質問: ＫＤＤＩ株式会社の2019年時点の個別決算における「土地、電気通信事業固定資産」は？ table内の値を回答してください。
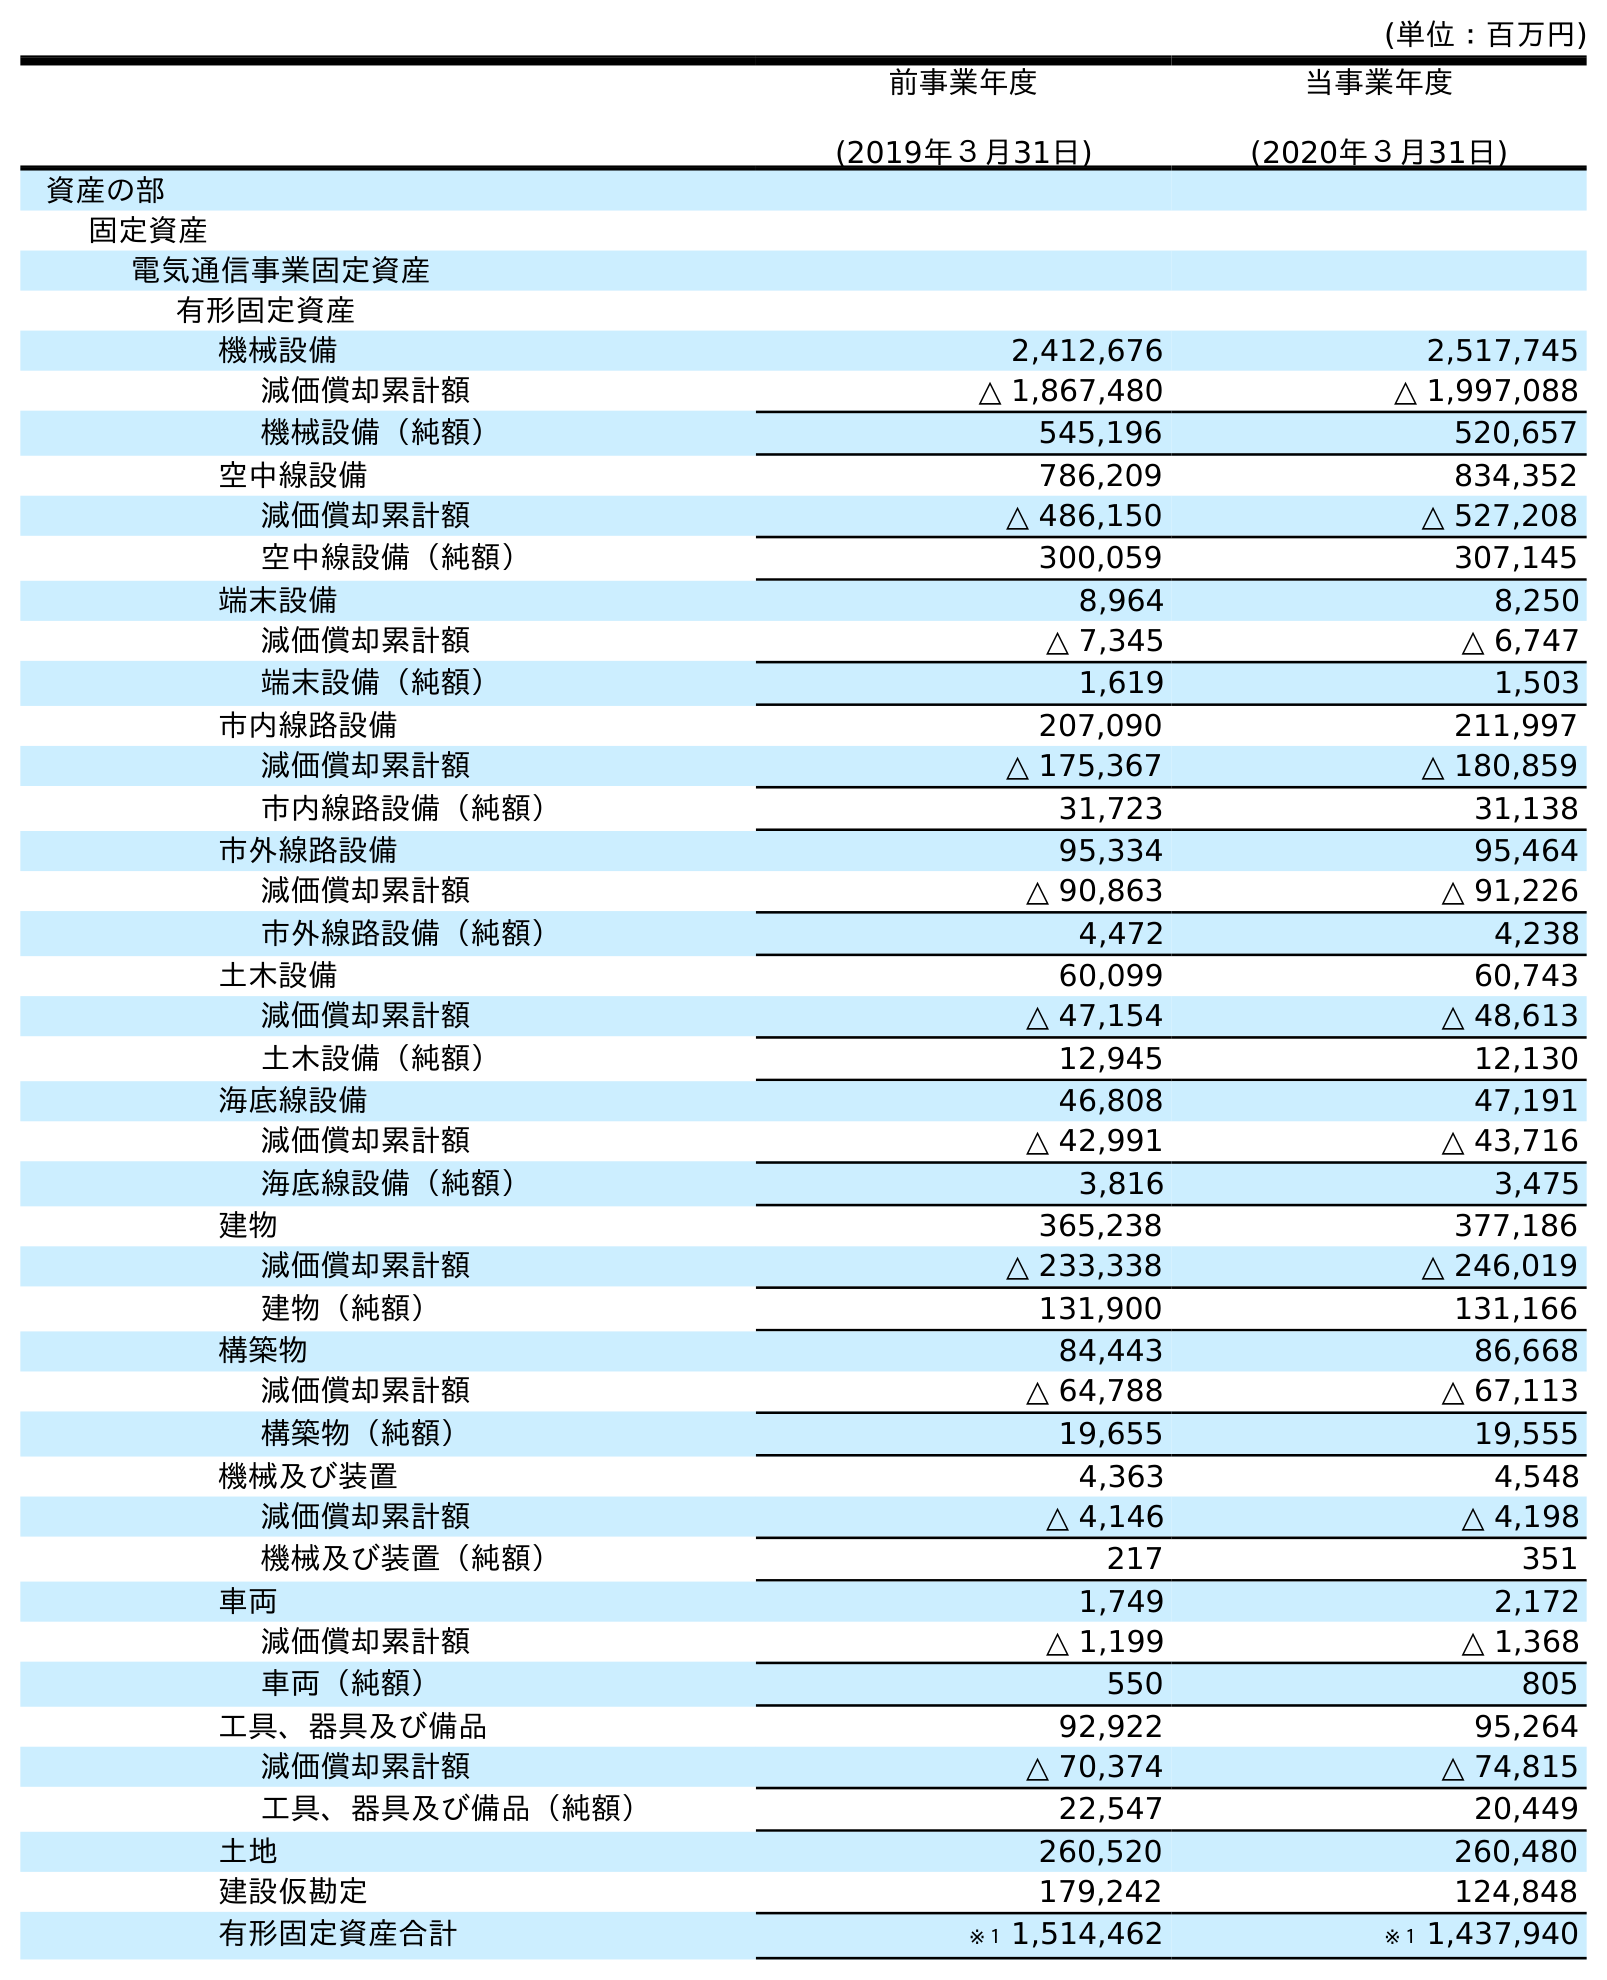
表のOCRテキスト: (単位：百万円) 前事業年度 (2019年３月31日) 当事業年度 (2020年３月31日) 資産の部 固定資産 電気通信事業固定資産 有形固定資産 機械設備 2,412,676 2,517,745 減価償却累計額 △ 1,867,480 △ 1,997,088 機械設備（純額） 545,196 520,657 空中線設備 786,209 834,352 減価償却累計額 △ 486,150 △ 527,208 空中線設備（純額） 300,059 307,145 端末設備 8,964 8,250 減価償却累計額 △ 7,345 △ 6,747 端末設備（純額） 1,619 1,503 市内線路設備 207,090 211,997 減価償却累計額 △ 175,367 △ 180,859 市内線路設備（純額） 31,723 31,138 市外線路設備 95,334 95,464 減価償却累計額 △ 90,863 △ 91,226 市外線路設備（純額） 4,472 4,238 土木設備 60,099 60,743 減価償却累計額 △ 47,154 △ 48,613 土木設備（純額） 12,945 12,130 海底線設備 46,808 47,191 減価償却累計額 △ 42,991 △ 43,716 海底線設備（純額） 3,816 3,475 建物 365,238 377,186 減価償却累計額 △ 233,338 △ 246,019 建物（純額） 131,900 131,166 構築物 84,443 86,668 減価償却累計額 △ 64,788 △ 67,113 構築物（純額） 19,655 19,555 機械及び装置 4,363 4,548 減価償却累計額 △ 4,146 △ 4,198 機械及び装置（純額） 217 351 車両 1,749 2,172 減価償却累計額 △ 1,199 △ 1,368 車両（純額） 550 805 工具、器具及び備品 92,922 95,264 減価償却累計額 △ 70,374 △ 74,815 工具、器具及び備品（純額） 22,547 20,449 土地 260,520 260,480 建設仮勘定 179,242 124,848 有形固定資産合計 ※１ 1,514,462 ※１ 1,437,940
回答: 260,520